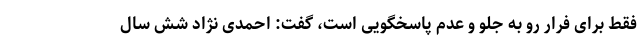
فقط برای فرار رو به جلو و عدم پاسخگویی است، گفت: احمدی نژاد شش سال